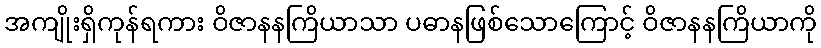
အကျိုးရှိကုန်ရကား ဝိဇာနနကြိယာသာ ပဓာနဖြစ်သောကြောင့် ဝိဇာနနကြိယာကို